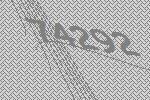
74292